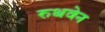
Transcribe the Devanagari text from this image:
रुथवेन